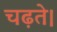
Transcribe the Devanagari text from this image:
चढ़ते।